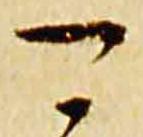
可